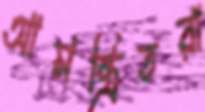
আমন্ত্রিতরা